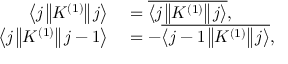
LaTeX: \begin{array} { r l } { \left\langle j \left\| K ^ { ( 1 ) } \right\| j \right\rangle } & { { } = { \overline { { \left\langle j \left\| K ^ { ( 1 ) } \right\| j \right\rangle } } } , } \\ { \left\langle j \left\| K ^ { ( 1 ) } \right\| j - 1 \right\rangle } & { { } = - { \overline { { \left\langle j - 1 \left\| K ^ { ( 1 ) } \right\| j \right\rangle } } } , } \end{array}